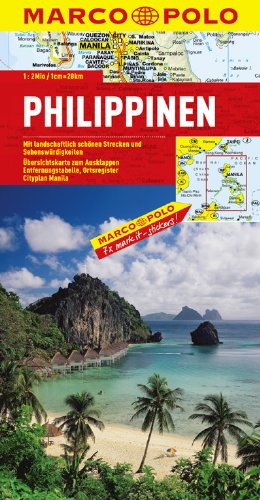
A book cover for Philippines Marco Polo Map (Marco Polo Maps); Marco Polo Travel; Travel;